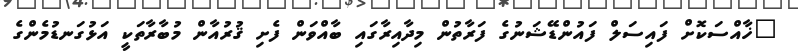
"ޚާއްސަކޮށް ފައިސަލް ފައުންޑޭޝަނުގެ ފަރާތުން މިދާއިރާގައި ބާއްވަން ފެށި ޤުރުއާން މުބާރާތަކީ އަޅުގަނޑުމެންގެ